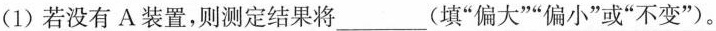
(1)若没有A装置，则测定结果将___ (填”偏大””偏小”或”不变”)。